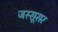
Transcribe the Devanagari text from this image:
जस्सूसर